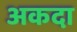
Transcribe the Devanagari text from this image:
अकदा